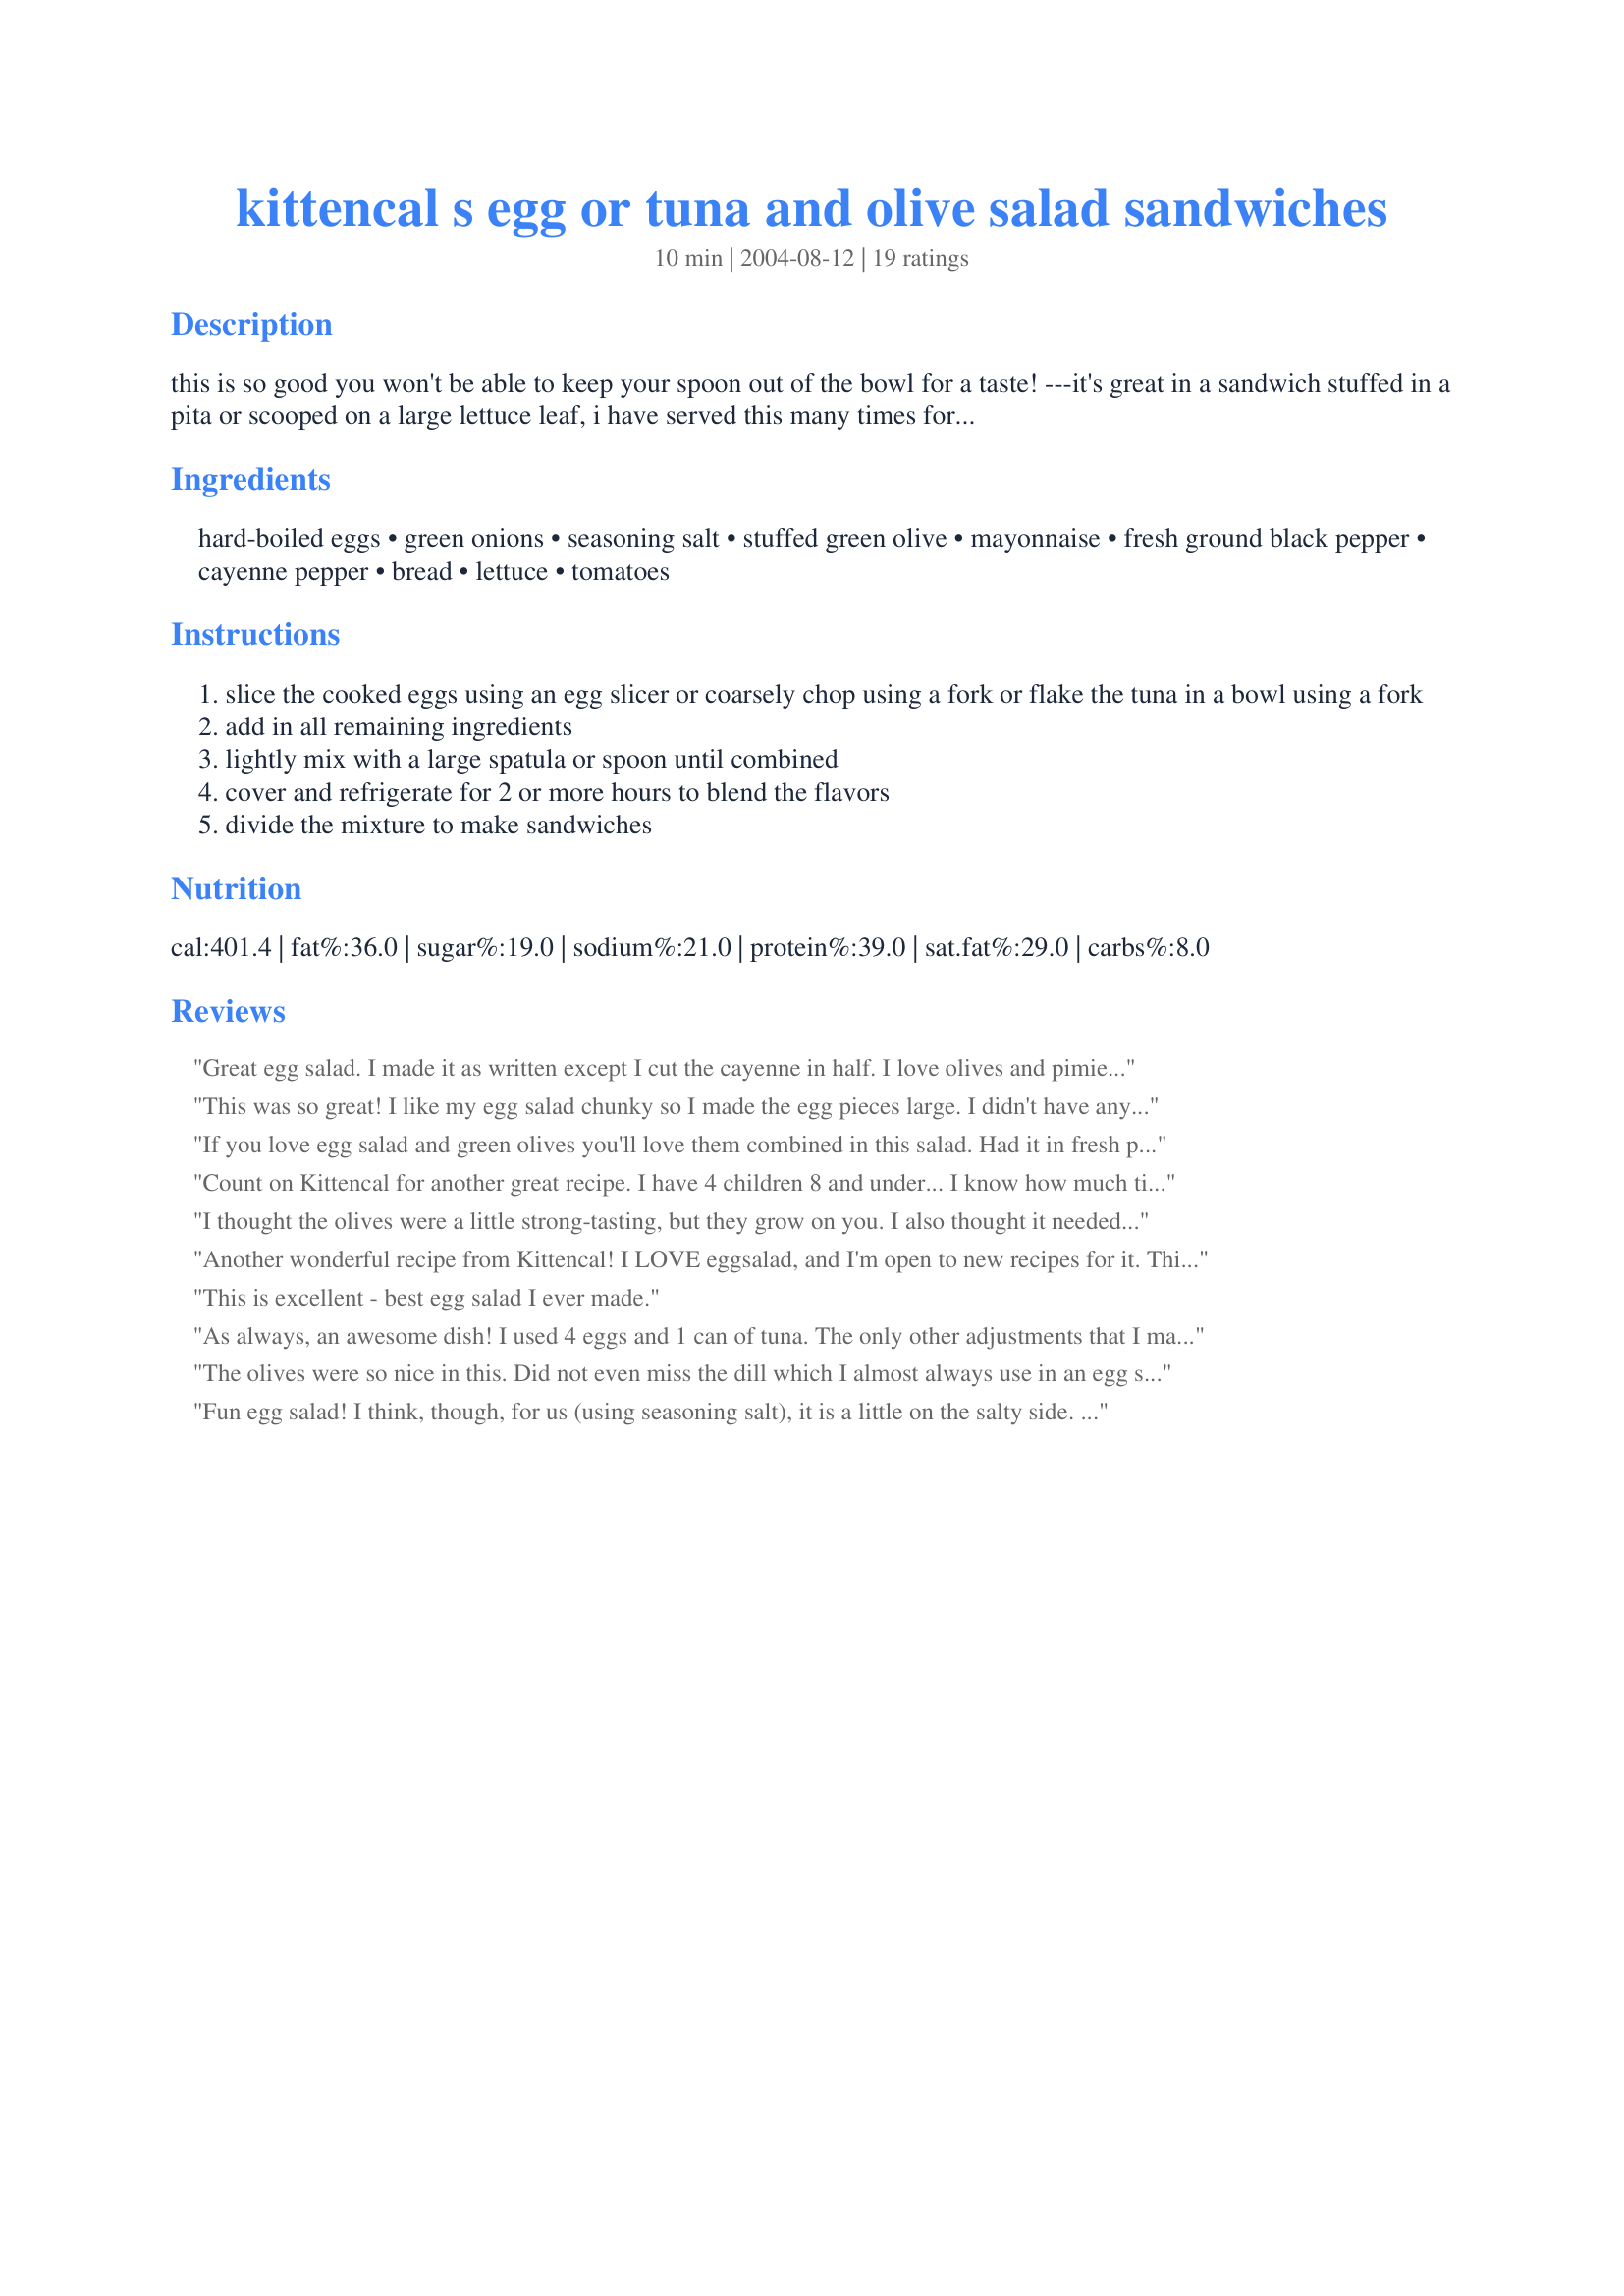
kittencal s egg or tuna and olive salad sandwiches
Preparation time: 10 minutes

this is so good you won't be able to keep your spoon out of the bowl for a taste! ---it's great in a sandwich stuffed in a pita or scooped on a large lettuce leaf, i have served this many times for a luncheon get together and everyone loves it! --- the amounts listed are usually what i use for 8 eggs but the exact measurements do not really matter just use whatever you wish for the amount of eggs you make, i purchase the pimento-stuffed olives for this and i say the more you use the better! after slicing the olives make certain to hand-squeeze out as much of the moisture as possible --- plan ahead slightly the mixture needs to chill for a few hours before using.

Ingredients:
hard-boiled eggs, green onions, seasoning salt, stuffed green olive, mayonnaise, fresh ground black pepper, cayenne pepper, bread, lettuce, tomatoes

Steps:
slice the cooked eggs using an egg slicer or coarsely chop using a fork or flake the tuna in a bowl using a fork
add in all remaining ingredients
lightly mix with a large spatula or spoon until combined
cover and refrigerate for 2 or more hours to blend the flavors
divide the mixture to make sandwiches

Reviews:
Great egg salad. I made it as written except I cut the cayenne in half. I love olives and pimientos in egg salad. Thanx for sharing the recipe. I'll make this again.
This was so great! I like my egg salad chunky so I made the egg pieces large. I didn't have any pimento stuffed olives, so I used garlic stuffed olives. It gave it an interesting flavor. I also changed the black pepper to white pepper, cut the cayenne out, and added 1tsp of Old Bay Seasoning instead of the season salt. I ate this right out of the bowl. Thanks for a good start.
If you love egg salad and green olives you'll love them combined in this salad. Had it in fresh pita bread and with crunchy lettuce for today's lunch.
Count on Kittencal for another great recipe. I have 4 children 8 and under... I know how much time it can take to post a recipe. I thank Kittencal and so many others who are willing to help make the world of cooking better and easier for others. <br/><br/>This is a keeper that the kids love and great for eating on a budget. : )
I thought the olives were a little strong-tasting, but they grow on you. I also thought it needed more than 1/3 c. of mayonnaise. I made egg salad to eat plain rather than on a sandwich. I used seasoning salt and cayenne.
Another wonderful recipe from Kittencal! I LOVE eggsalad, and I'm open to new recipes for it. This is just the right combinaiton of flavors, not at all too hot if that is what you might be afarid of. Love, love it. I could eat the whole bowl myself :), but I'll share.
This is excellent - best egg salad I ever made.
As always, an awesome dish! I used 4 eggs and 1 can of tuna. The only other adjustments that I made were to add a celery stalk for some crunch & I ended up using about 1/2 cup mayo instead of 1/3 cup. I also added in some cajun seasoning along with the cayenne and a smidge of mustard to add some zip. Had this for lunch every day until it was gone! Easy, tasty, and filling! Thanks Kittencal :) I'll be using this one often!
The olives were so nice in this. Did not even miss the dill which I almost always use in an egg salad.For spices I used 1/8tsp cayenne, 1/2tsp salt and 1/2tsp dry mustard powder. Did not add any pepper since the salad had enough peppery taste from the cayenne.
Easy to make and very tasty.
Thanks for posting.
Fun egg salad! I think, though, for us (using seasoning salt), it is a little on the salty side. Other than that I will definitely make again, just cut back on the salt portion. Thanks Kittencal for a different egg salad.
Good on multi grain bread with lettuce for hubby's lunch! I used Mrs Dash instead of seasoning salt, Hellman's Light, 1/4 tsp Keene's dry mustard & skipped the cayenne. Thanx Kitten!
Wow...who would've ever thought this simple dish would be so addicting!? Wonderful! Thanks for sharing!
These were so good, that I couldn't stop eating them. And the olives really worked wel, even though I thought they were a little odd for an egg salad. I put a little less cayenne pepper, though, as I didn't want the salad to be too hot.
Was well spiced on the cheap 5oz cans of Tuna that are half water from grocery store, but when I tried it on some 6oz cans of dense no added water expensive Tuna it was very much lacking. Next time I use the expensive tuna I will up all spices by 50% and try that. Very good flavor though. Really enjoyed it.
I went with egg and served it over a bed of arugula with a light balsamic vinigrette. The egg sald had a delicious flavor especially with the olives. I added about 2 pinches of cayenne and a pinch of dry mustard and it had a nice kick to it. I made it the night before so the flavors could blend and it made for a very filling lunch the next day. Thanks once again Kitten
We really enjoyed this recipe, I made it with tuna Great!!! It gets better the next day. thank you for another wonderful recipe
This is a great salad! Thank you for sharing!
Far from a wimpy egg salad! The olive flavor predominates, so I would call this an olive salad (it took a 10-oz jar of manzanilla olives), with the intensity toned down by egg salad. I used Season All, pepper and a dash of cayenne pepper; the black pepper stood out to my taste buds. It brought back memories of MDM who loved olives in her sandwiches. The tastes worked well with flax multi-grain bread as a sandwich. Thanks for posting, Kittencal, this makes an excellent lunch! Made for Zaar Cookbooks Tag.
OMG BEST egg salad EVER!!!! Would give 10 stars if possible. The olives add such a BAM to the sandwich. Didn&#039;t do any of the hot sauce or cayenne pepper...didn&#039;t need it for me. This isn&#039;t my first recipe I have used of Kittencal&#039;s, she didn&#039;t let me down again. THANKS!!!
